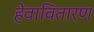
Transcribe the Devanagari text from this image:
हेवावितारण